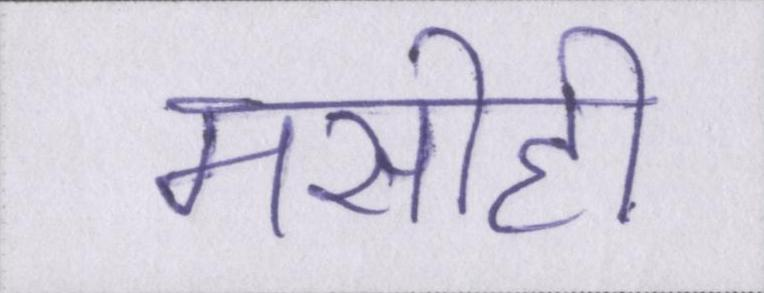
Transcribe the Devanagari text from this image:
मसीही